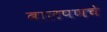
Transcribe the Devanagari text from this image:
बालपणचे